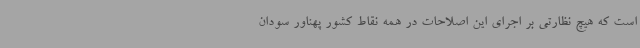
است که هیچ نظارتی بر اجرای این اصلاحات در همه نقاط کشور پهناور سودان